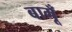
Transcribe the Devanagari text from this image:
बागूँ